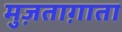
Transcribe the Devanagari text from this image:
मुज़ताग़ाता